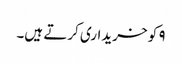
۹ کو خریداری کرتے ہیں۔